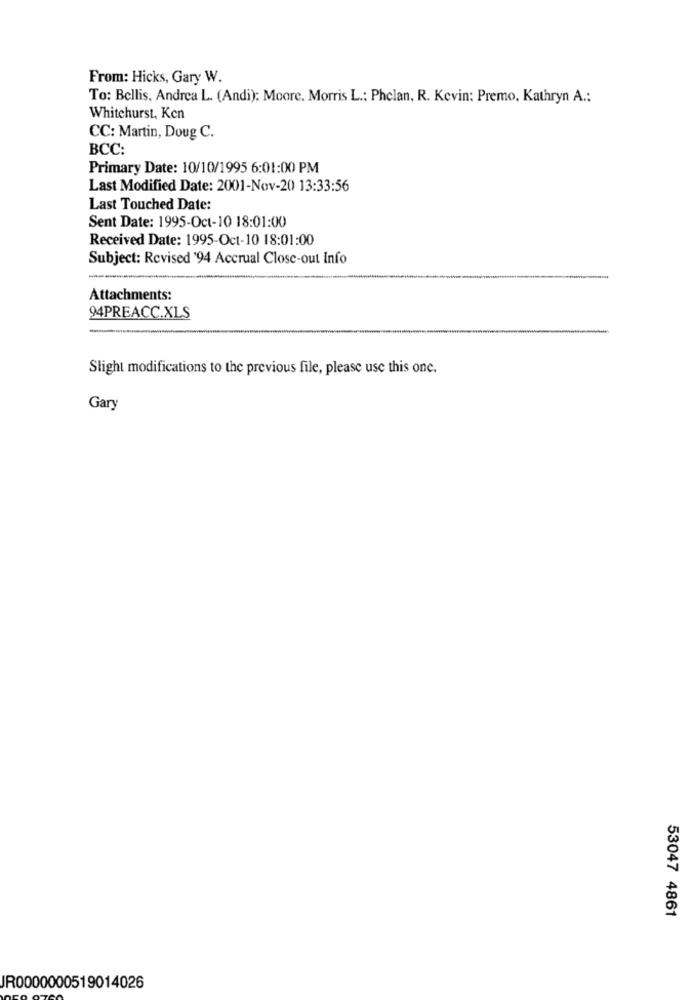
From: Hicks, Gary W.
To: Bellis, Andrea L. (Andi): Moore. Morris L .: Phelan. R. Kevin: Premo, Kathryn A .:
Whitehurst, Ken
CC: Martin, Doug C.
BCC:
Primary Date: 10/10/1995 6:01:00 PM
Last Modified Date: 2001-Nov-20 13:33:56
Last Touched Date:
Sent Date: 1995-Oct-10 18:01:00
Received Date: 1995-Oct-10 18:01:00
Subject: Revised '94 Accrual Close-out Info
Attachments:
94PREACC.XLS
Slight modifications to the previous file, please use this one.
Gary
53047 4861
JR0000000519014026